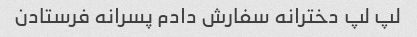
لپ لپ دخترانه سفارش دادم پسرانه فرستادن